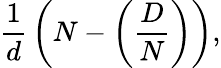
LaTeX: {\frac{1}{d}}\left(N-\left({\frac{D}{N}}\right)\right),